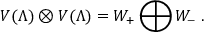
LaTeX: V ( \Lambda ) \otimes V ( \Lambda ) = W _ { + } \bigoplus W _ { - } \; .